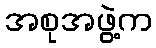
အစုအဖွဲ့က